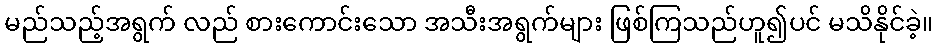
မည်သည့်အရွက် လည် စားကောင်းသော အသီးအရွက်များ ဖြစ်ကြသည်ဟူ၍ပင် မသိနိုင်ခဲ့။